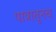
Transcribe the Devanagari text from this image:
पात्रातूनच